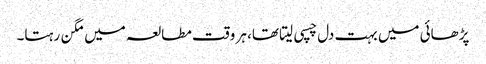
پڑھائی میں بہت دل چسپی لیتا تھا، ہر وقت مطالعہ میں مگن رہتا۔